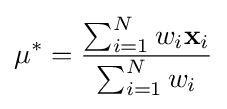
\mathbf {\mu ^{*}} ={\frac {\sum _{i=1}^{N}w_{i}\mathbf {x} _{i}}{\sum _{i=1}^{N}w_{i}}}